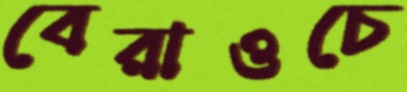
বেরাওচে